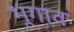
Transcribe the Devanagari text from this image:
भूगाव